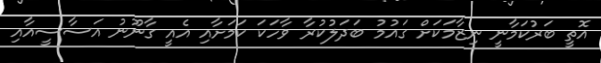
އޮތީ ބަރުކަމާނީ ނިޒާމަކަށް ގައުމު ބަދަލުކުރާ ވާހަކަ ކަމަށާއި އެއީ ގާނޫނު އަސާސީއާއި